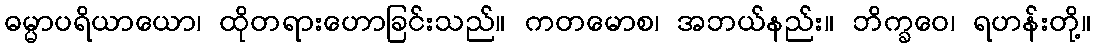
ဓမ္မာပရိယာယော၊ ထိုတရားဟောခြင်းသည်။ ကတမောစ၊ အဘယ်နည်း။ ဘိက္ခဝေ၊ ရဟန်းတို့။